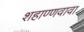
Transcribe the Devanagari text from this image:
शहाण्णवावा